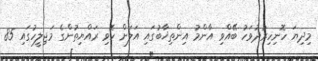
މިދިޔަ ހޮނިހިރުދުވަހު ބޭއްވި އާންމު އިންތިޚާބުގައި އަލަށް ހޮވި ރައްޔިތުންގެ މަޖިލީހުގައި 85